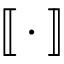
[ \! [ \, \cdot \, ] \! ] \!